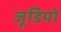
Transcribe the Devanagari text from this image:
जूडियो